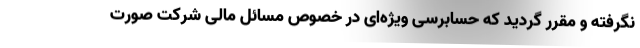
نگرفته و مقرر گردید که حسابرسی ویژه‌ای در خصوص مسائل مالی شرکت صورت